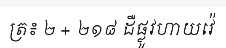
ត្រ៖ ២ + ២១៨ ដឺផ្លូវហាយវ៉េ